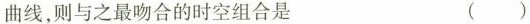
曲线，则与之最吻合的时空组合是 ()